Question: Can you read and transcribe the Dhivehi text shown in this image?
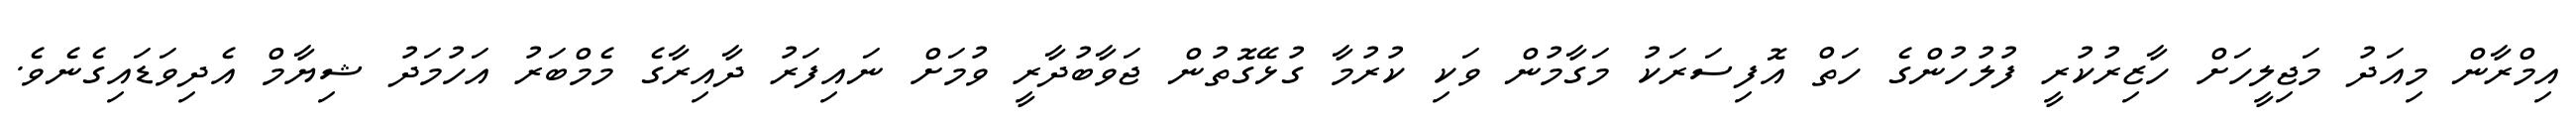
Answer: އިމްރާން މިއަދު މަޖިލީހަށް ހާޒިރުކުރީ ފުލުހުންގެ ހަތް އޮފިސަރަކު މަގާމުން ވަކި ކުރުމާ ގުޅޭގޮތުން ޖަވާބުދާރީ ވުމަށް ނައިފަރު ދާއިރާގެ މެމްބަރު އަހުމަދު ޝިޔާމް އެދިވަޑައިގެނެވެ.